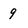
Character: 9